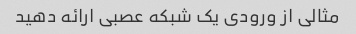
مثالی از ورودی یک شبکه عصبی ارائه دهید